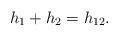
LaTeX: \begin{align*}h_{1}+h_{2}=h_{12}.\end{align*}